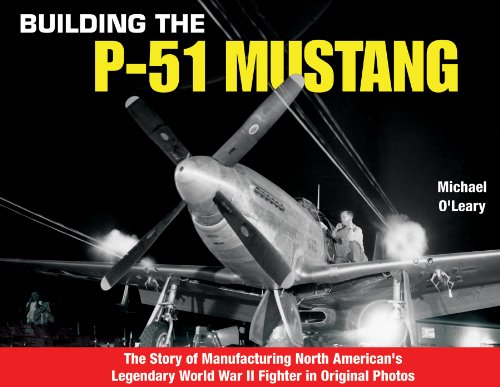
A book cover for Building the P-51 Mustang: The Story of Manufacturing North American's Legendary WWII Fighter in Original Photos; Michael O'Leary; Arts & Photography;